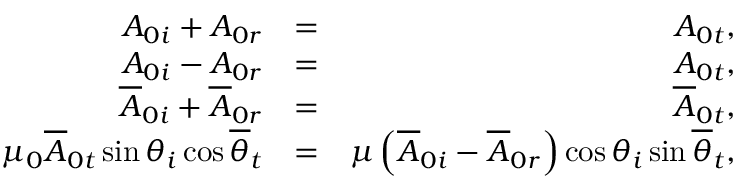
\begin{array} { r l r } { A _ { 0 i } + A _ { 0 r } } & { = } & { A _ { 0 t } , } \\ { A _ { 0 i } - A _ { 0 r } } & { = } & { A _ { 0 t } , } \\ { \overline { { A } } _ { 0 i } + \overline { { A } } _ { 0 r } } & { = } & { \overline { { A } } _ { 0 t } , } \\ { \mu _ { 0 } \overline { { A } } _ { 0 t } \sin \theta _ { i } \cos \overline { { \theta } } _ { t } } & { = } & { \mu \left( \overline { { A } } _ { 0 i } - \overline { { A } } _ { 0 r } \right) \cos \theta _ { i } \sin \overline { { \theta } } _ { t } , } \end{array}